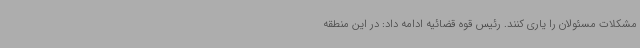
مشکلات مسئولان را یاری کنند. رئیس قوه قضائیه ادامه داد: در این منطقه